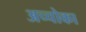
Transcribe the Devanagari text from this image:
अच्चोका